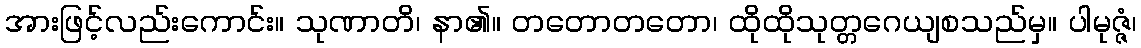
အားဖြင့်လည်းကောင်း။ သုဏာတိ၊ နာ၏။ တတောတတော၊ ထိုထိုသုတ္တဂေယျစသည်မှ။ ပါမုဇ္ဇံ၊